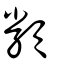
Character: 類